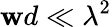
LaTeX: \mathbf{w}d\ll\lambda^{2}